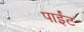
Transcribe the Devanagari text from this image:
पाईंट